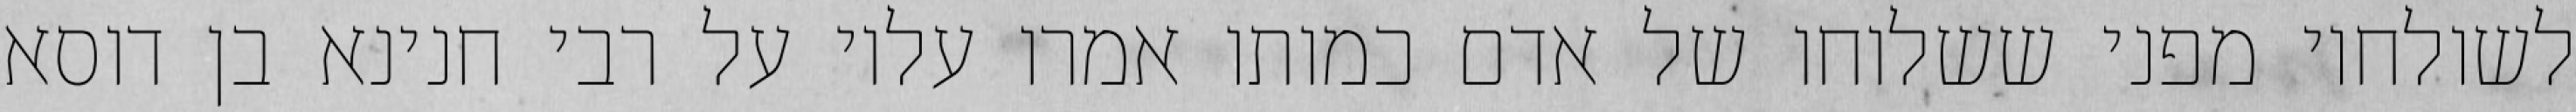
לשולחיו מפני ששלוחו של אדם כמותו אמרו עליו על רבי חנינא בן דוסא